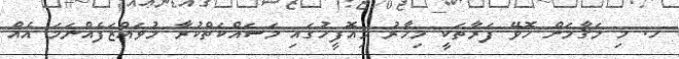
ހ. މި މަޤާމަށް ހޮވޭ ފަރާތަކީ މިހާރު މިއޮފީހުގައި މަސައްކަތްކުރާ މުވައްޒަފެއްނަމަ އެއް